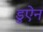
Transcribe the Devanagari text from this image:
डुऐन